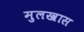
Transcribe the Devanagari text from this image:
मुलखास